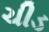
ચીડ